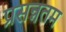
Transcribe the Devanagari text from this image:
प्रसन्नतम